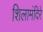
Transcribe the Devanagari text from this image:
शिलामंदिरे